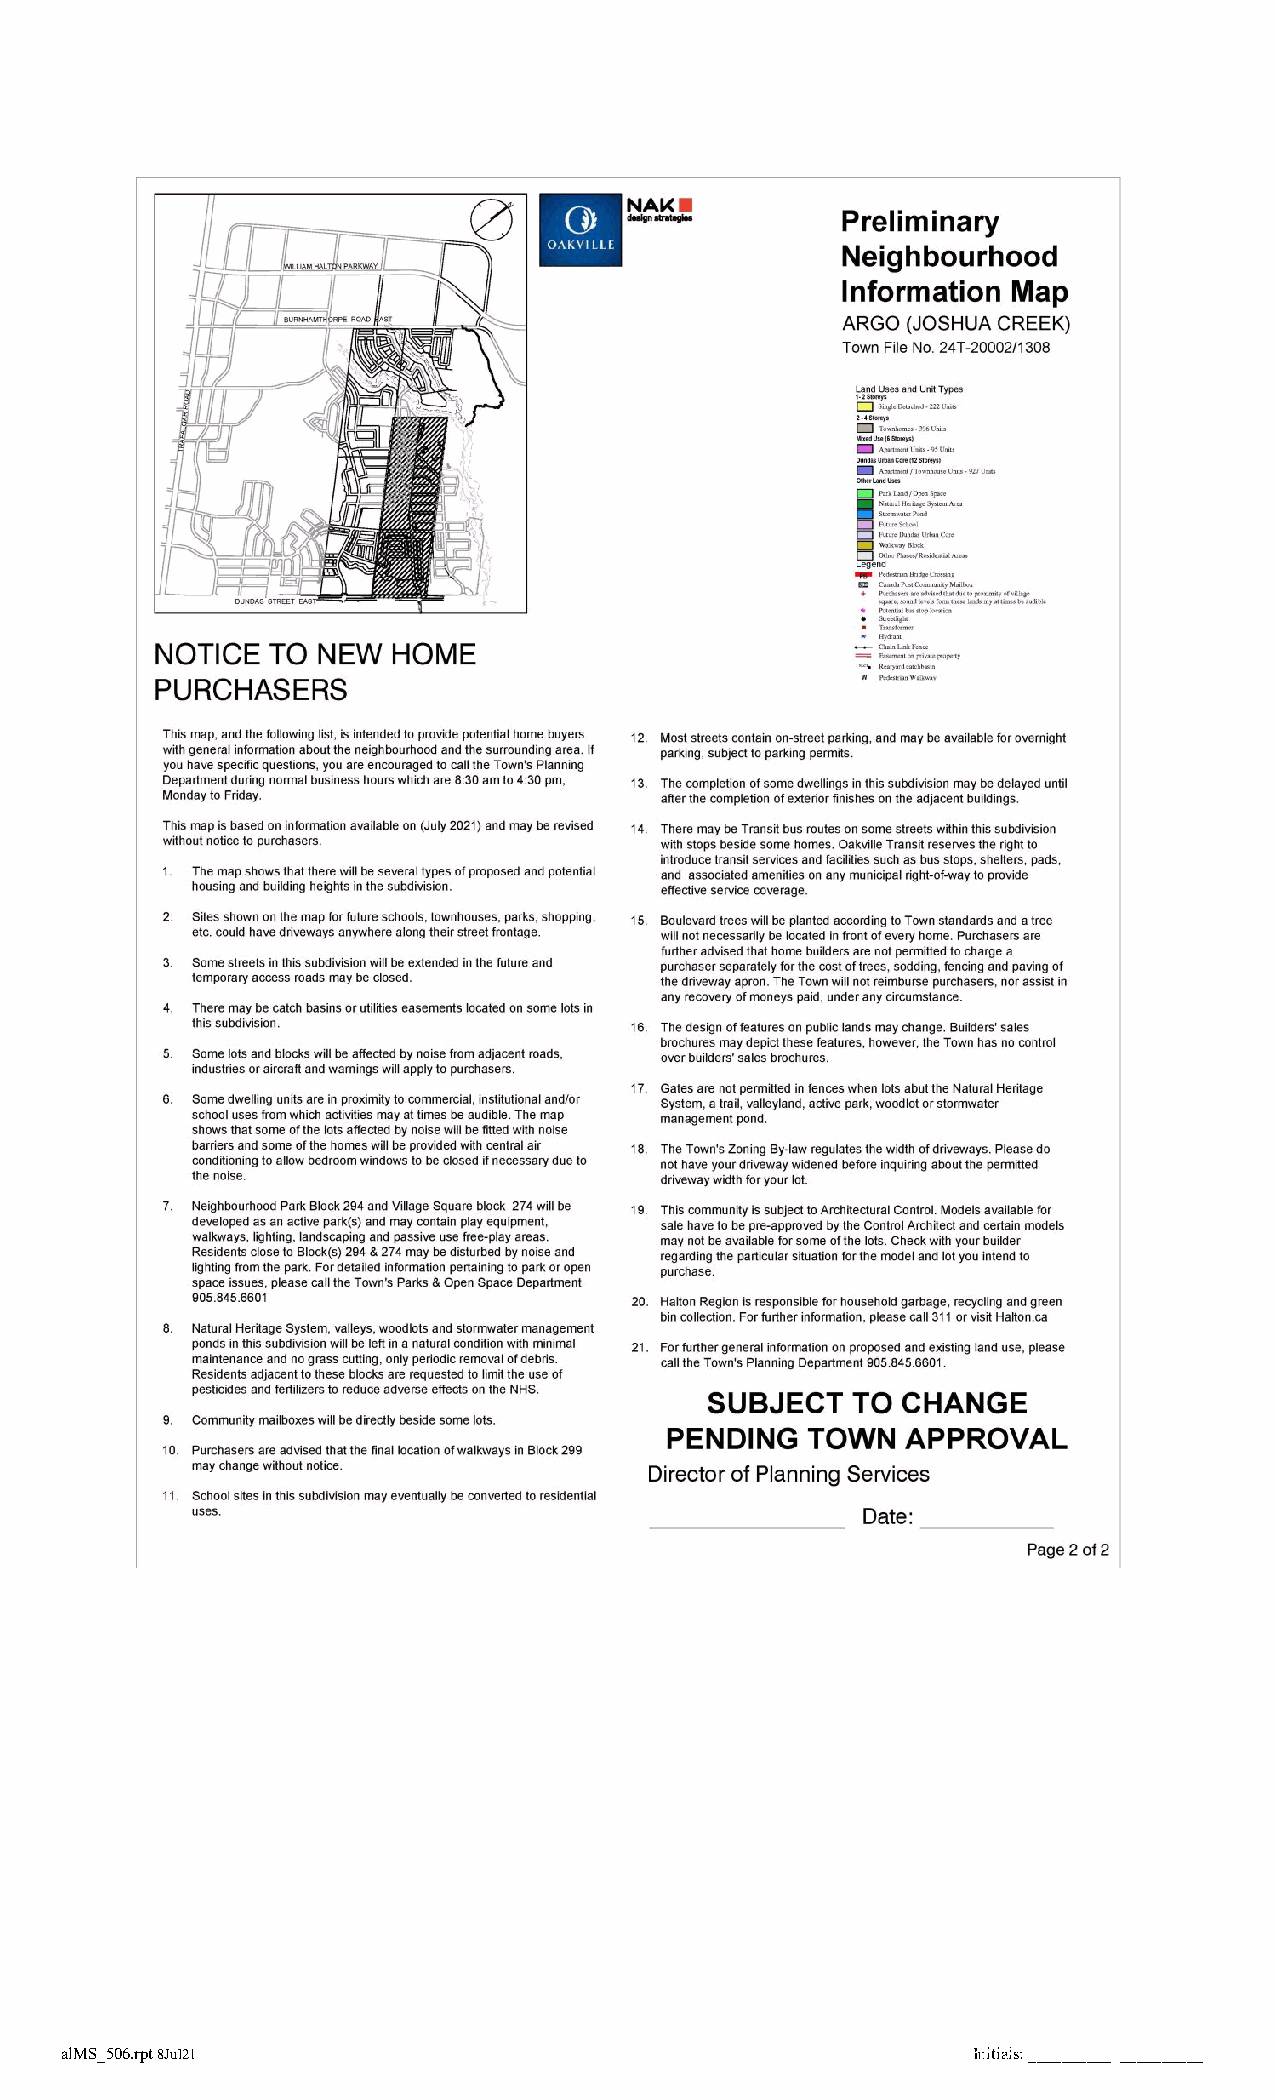
alMS_506.rpt 8Jul21           BSTPurchaserInit4 BSTPurchaserInit3 BSTPurchaserIInnitiita2ls : _B_S__T_P_u__rc__h a _s_e_r_I_n_i_t1_ _ _